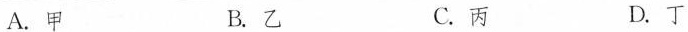
A.甲 B.乙 C.丙 D.丁